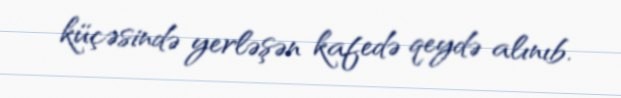
küçəsində yerləşən kafedə qeydə alınıb.